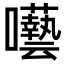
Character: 𭌵